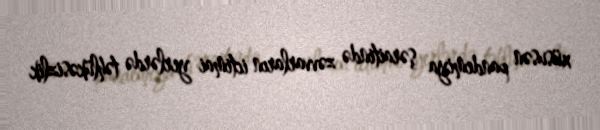
xüsusən pandemiya şəraitində zəvvarların ictimai yerlərdə təhlükəsizlik